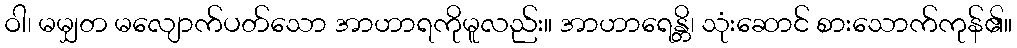
ဝါ၊ မမျှတ မလျောက်ပတ်သော အာဟာရကိုမူလည်း။ အာဟာရေန္တိ၊ သုံးဆောင် စားသောက်ကုန်၏။